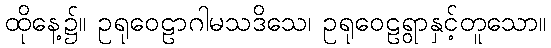
ထိုနေ့၌။ ဥရုဝေဠာဂါမသဒိသေ၊ ဥရုဝေဠရွာနှင့်တူသော။